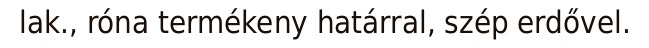
lak., róna termékeny határral, szép erdővel.